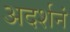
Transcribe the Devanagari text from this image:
अदर्शनं